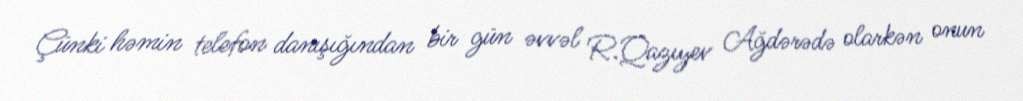
Çünki həmin telefon danışığından bir gün əvvəl R.Qazıyev Ağdərədə olarkən onun